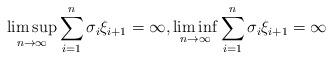
LaTeX: \begin{align*}\limsup_{n\to \infty}\sum_{i=1}^n \sigma_i\xi_{i+1}=\infty, \liminf_{n\to \infty}\sum_{i=1}^n \sigma_i\xi_{i+1}=\infty\end{align*}